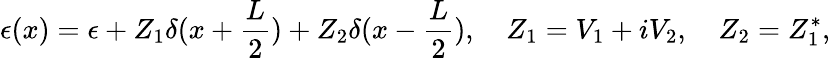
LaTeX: \epsilon(x)=\epsilon+Z_{1}\delta(x+\frac{L}{2})+Z_{2}\delta(x-\frac{L}{2}),\ \ \ \ Z_{1}=V_{1}+iV_{2},\ \ \ \ Z_{2}=Z_{1}^{*},